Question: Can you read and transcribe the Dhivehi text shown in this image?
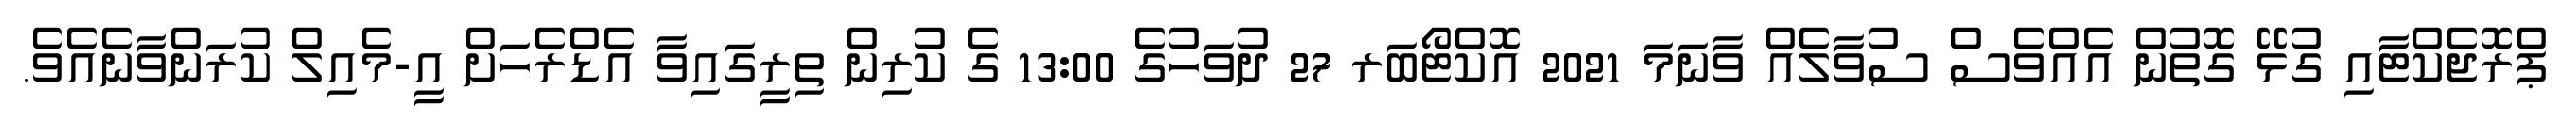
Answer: ޕްރޮޖެކްޓާއި ގުޅޭ ގޮތުން އެއްވެސް ސުވާލެއް ވާނަމަ 2021 އޮކްޓޯބަރ 27 ދުވަހުގެ 13:00 ގެ ކުރިން ތިރީގައިވާ އެޑްރެހަށް އީ-މެއިލް ކުރަންވާނެއެވެ.